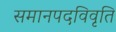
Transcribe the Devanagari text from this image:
समानपदविवृति